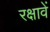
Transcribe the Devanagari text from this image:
रक्षावें